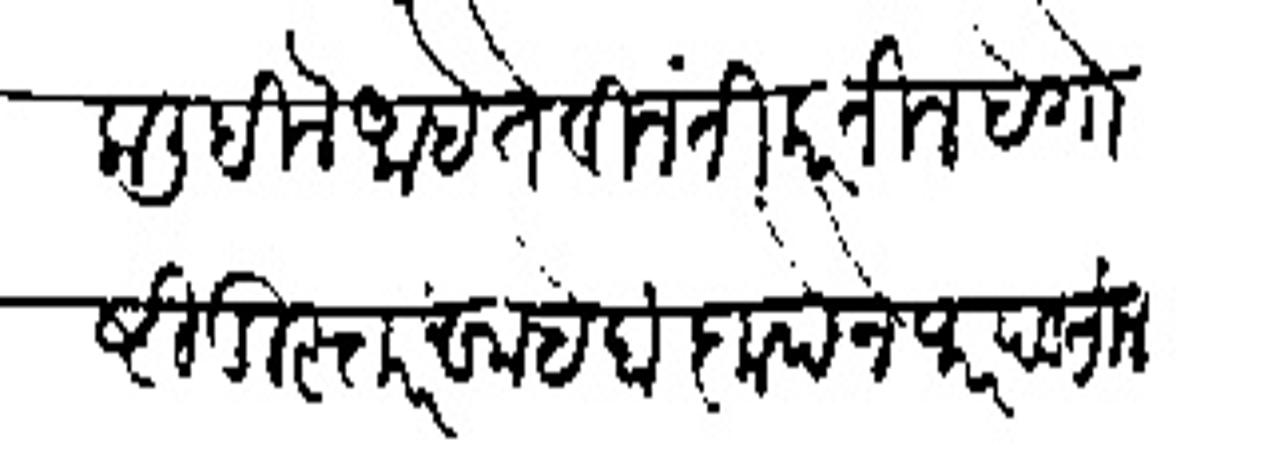
Transliteration (Devanagari): का लिहिले आहे ते विनंती करतील है गोष्टी दुस्तर साहेब कुपेने पार पडतील